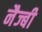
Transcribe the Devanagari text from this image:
नैज्बी